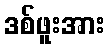
ဒစ်ဖူးအား